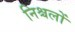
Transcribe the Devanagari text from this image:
निश्चलों